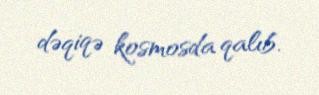
dəqiqə kosmosda qalıb.